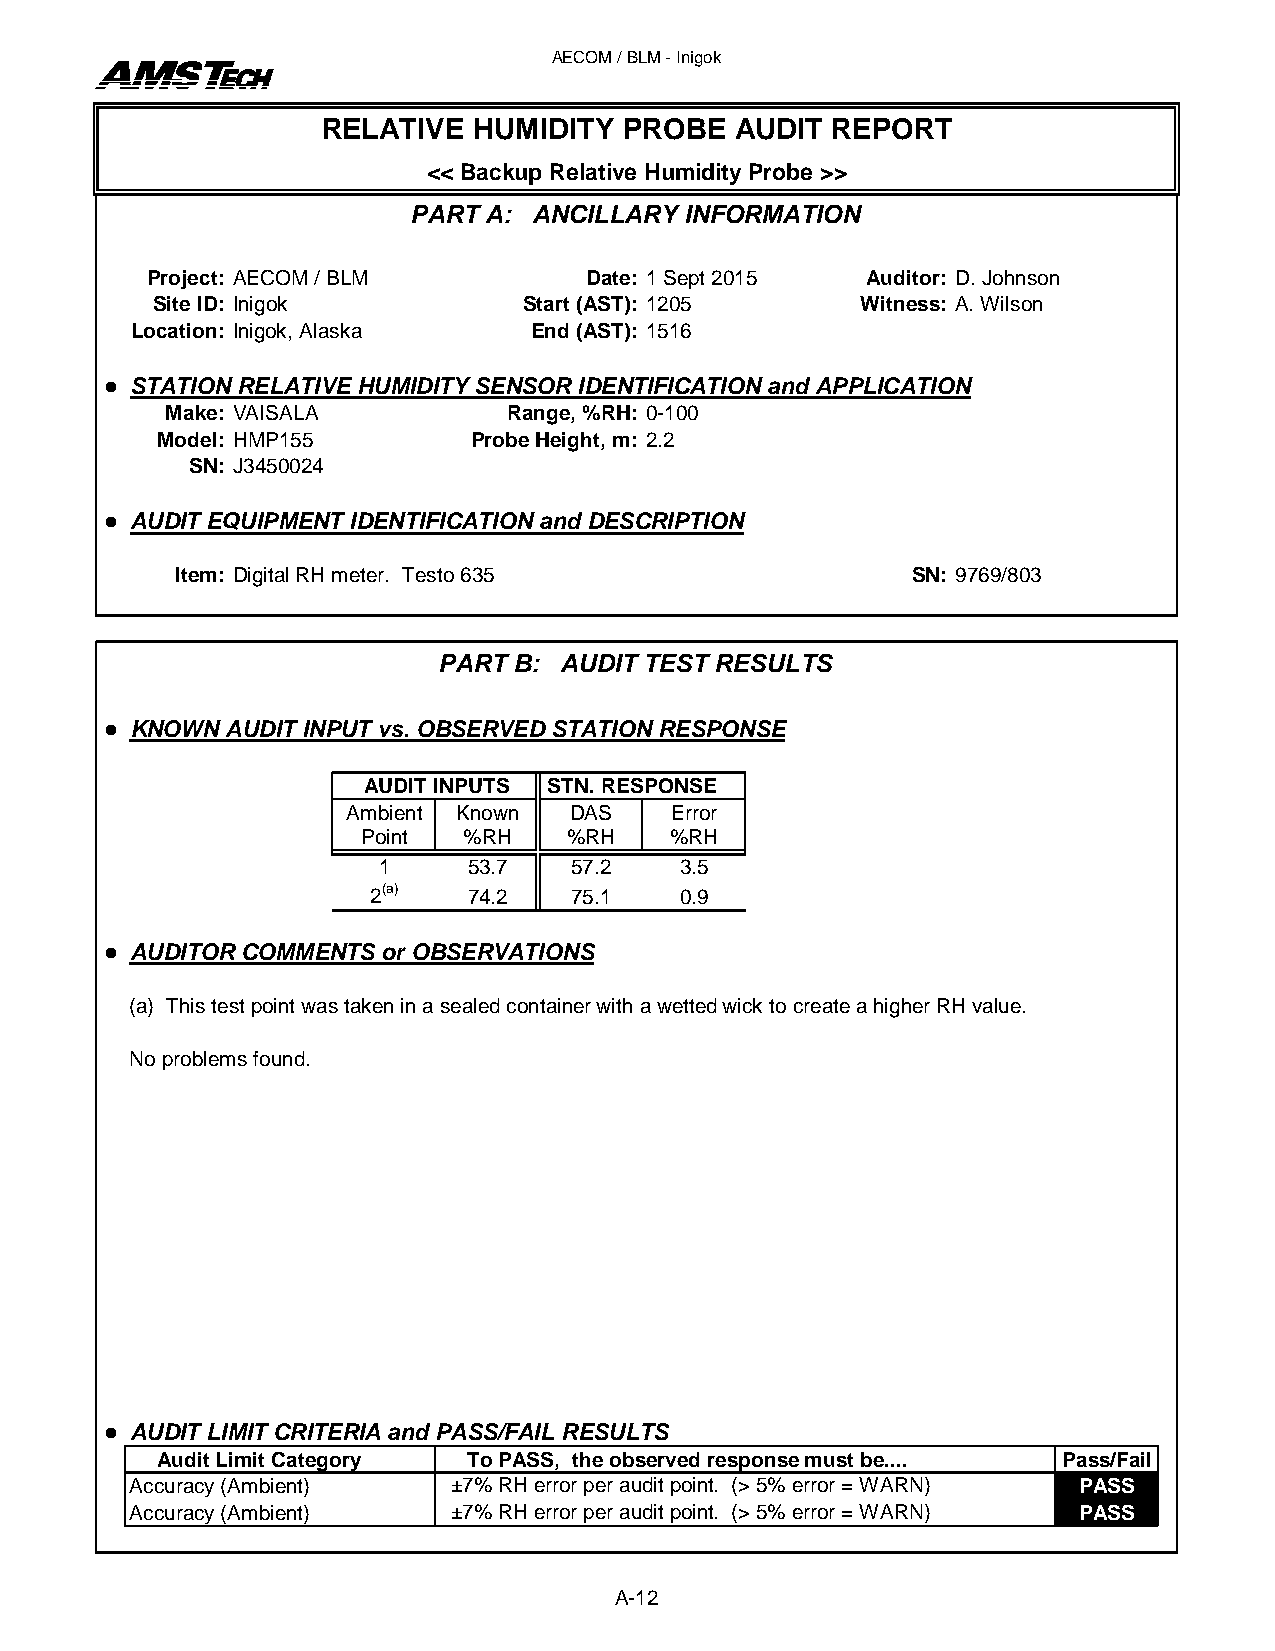
AECOM / BLM - Inigok
 RELATIVE  HUMIDITY  PROBE  AUDIT  REPORT
 << Backup Relative Humidity Probe >>
 PART A: ANCILLARY INFORMATION
 Project: AECOM / BLM         Date: 1 Sept 2015  Auditor: D. Johnson
 Site ID: Inigok         Start (AST): 1205     Witness: A. Wilson
 Location: Inigok, Alaska   End (AST): 1516
  STATION RELATIVE HUMIDITY SENSOR IDENTIFICATION and APPLICATION
 Make: VAISALA          Range, %RH: 0-100
 Model: HMP155        Probe Height, m: 2.2
 SN: J3450024
  AUDIT EQUIPMENT IDENTIFICATION and DESCRIPTION
 Item: Digital RH meter. Testo 635                SN: 9769/803
 PART B: AUDIT TEST RESULTS
  KNOWN AUDIT INPUT vs. OBSERVED STATION RESPONSE
 AUDIT INPUTS STN. RESPONSE
 Ambient Known  DAS    Error
 Point  %RH    %RH    %RH
 1    53.7   57.2   3.5
 2(a)  74.2   75.1   0.9
  AUDITOR COMMENTS or OBSERVATIONS
 (a) This test point was taken in a sealed container with a wetted wick to create a higher RH value.
 No problems found.
  AUDIT LIMIT CRITERIA and PASS/FAIL RESULTS
 Audit Limit Category To PASS, the observed response must be.... Pass/Fail
 Accuracy (Ambient)   ±7% RH error per audit point. (> 5% error = WARN) PASS
 Accuracy (Ambient)   ±7% RH error per audit point. (> 5% error = WARN) PASS
 A-12